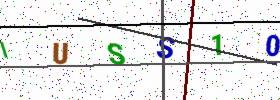
Text: IUSS10